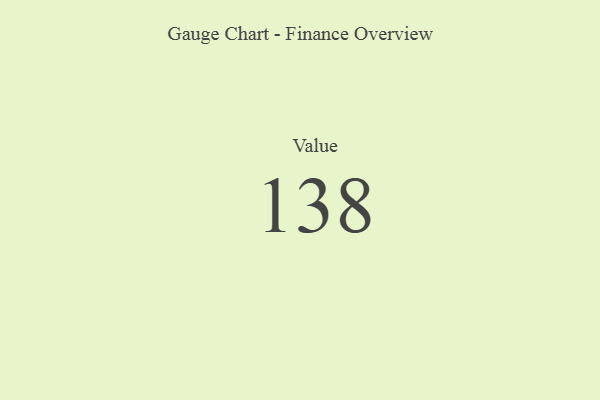
{"axis": {"x": "Metric", "y": "Value"}, "legend": [""], "data": [{"x": "Value", "y": 138, "type": ""}]}